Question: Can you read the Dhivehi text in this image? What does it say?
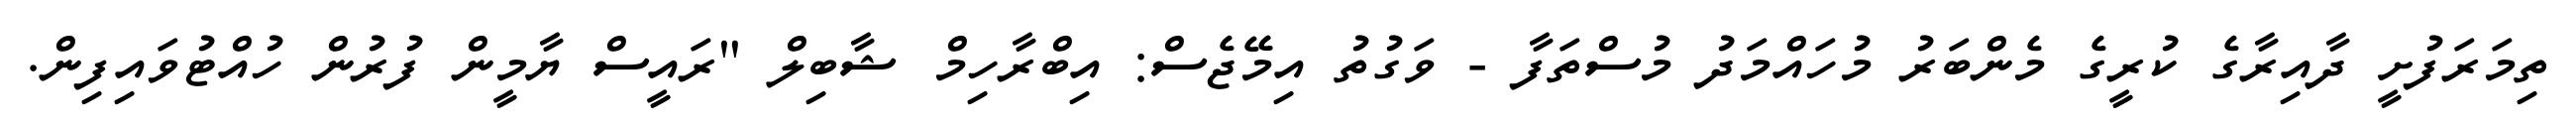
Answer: ތިމަރަފުށީ ދާއިރާގެ ކުރީގެ މެންބަރު މުހައްމަދު މުސްތަފާ - ވަގުތު އިމޭޖެސް: އިބްރާހިމް ޝާބިލް "ރައީސް ޔާމީން ފުރުން ހުއްޓުވައިފިން.